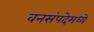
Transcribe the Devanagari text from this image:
वनसंपदेमध्ये